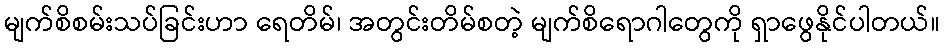
မျက်စိစမ်းသပ်ခြင်းဟာ ရေတိမ်၊ အတွင်းတိမ်စတဲ့ မျက်စိရောဂါတွေကို ရှာဖွေနိုင်ပါတယ်။